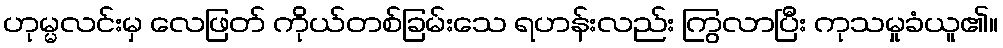
ဟုမ္မလင်းမှ လေဖြတ် ကိုယ်တစ်ခြမ်းသေ ရဟန်းလည်း ကြွလာပြီး ကုသမှုခံယူ၏။